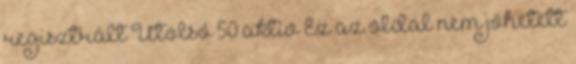
regisztrált Utolsó 50 aktív Ez az oldal nem jöhetett